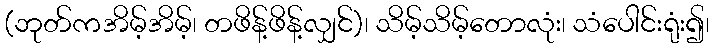
(ဘုတ်ကအိမ့်အိမ့်၊ တဖိန့်ဖိန့်လျှင်)၊ သိမ့်သိမ့်တောလုံး၊ သံပေါင်းရုံး၍၊